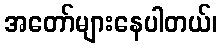
အတော်များနေပါတယ်၊